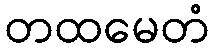
တထမေတံ